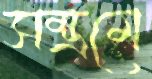
সম্ভ্রমে